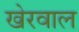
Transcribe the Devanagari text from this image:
खेरवाल